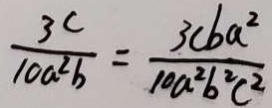
\frac { 3 c } { 1 0 a ^ { 2 } b } = \frac { 3 c b a ^ { 2 } } { 1 0 a ^ { 2 } b ^ { 2 } c ^ { 2 } }